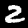
Label: 2